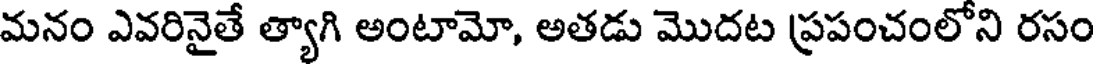
మనం ఎవరినైతే త్యాగి అంటామో, అతడు మొదట ప్రపంచంలోని రసం